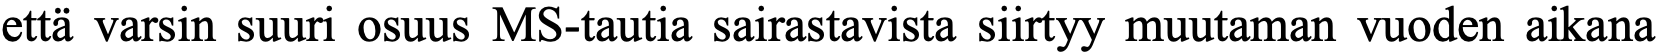
että varsin suuri osuus MS-tautia sairastavista siirtyy muutaman vuoden aikana